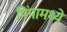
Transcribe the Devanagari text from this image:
पिंपामध्ये